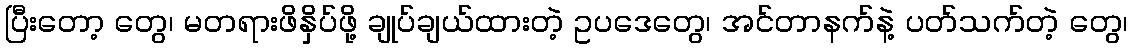
ပြီးတော့ တွေ၊ မတရားဖိနှိပ်ဖို့ ချုပ်ချယ်ထားတဲ့ ဥပဒေတွေ၊ အင်တာနက်နဲ့ ပတ်သက်တဲ့ တွေ၊